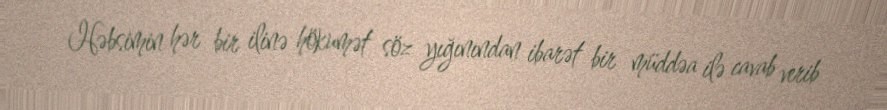
Həbsimin hər bir ilinə hökumət söz yığınından ibarət bir müddəa ilə cavab verib